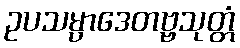
ဥပသမ္ပာဒေတဗ္ဗသုတ္တံ